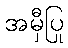
အမှီပြု